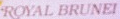
ROYAL BRUNEI